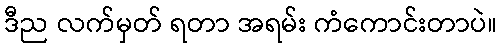
ဒီည လက်မှတ် ရတာ အရမ်း ကံကောင်းတာပဲ။